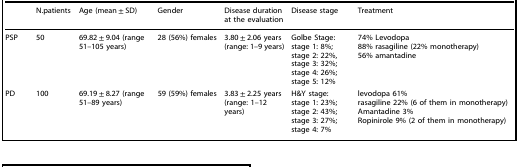
|  | N.patients | Age (mean ± SD) | Gender | Disease duration at the evaluation | Disease stage | Treatment |
 | --- | --- | --- | --- | --- | --- | --- |
 | PSP | 50 | 69.82 ± 9.04 (range 51–105 years) | 28 (56%) females | 3.80 ± 2.06 years (range: 1–9 years) | Golbe Stage:stage 1: 8%;stage 2: 22%,stage 3: 32%;stage 4: 26%;stage 5: 12% | 74% Levodopa88% rasagiline (22% monotherapy)56% amantadine |
 | PD | 100 | 69.19 ± 8.27 (range 51–89 years) | 59 (59%) females | 3.83 ± 2.25 years (range: 1–12 years) | H&Y stage:stage 1: 23%;stage 2: 43%;stage 3: 27%;stage 4: 7% | levodopa 61%rasagiline 22% (6 of them in monotherapy)Amantadine 3%Ropinirole 9% (2 of them in monotherapy) |